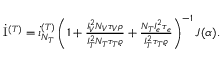
\begin{array} { r } { \dot { \mathrm { I } } ^ { ( T ) } = \dot { \i } _ { N _ { T } } ^ { ( T ) } \left( 1 + \frac { I _ { V } ^ { 2 } N _ { V } \tau _ { V } \rho } { I _ { T } ^ { 2 } N _ { T } \tau _ { T } \varrho } + \frac { N _ { T } I _ { e } ^ { 2 } \tau _ { e } } { I _ { T } ^ { 2 } \tau _ { T } \varrho } \right) ^ { - 1 } J ( \alpha ) . } \end{array}